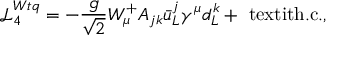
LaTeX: { \mathcal { L } } _ { 4 } ^ { W t q } = - \frac { g } { \sqrt { 2 } } W _ { \mu } ^ { + } A _ { j k } \bar { u } _ { L } ^ { j } \gamma ^ { \mu } d _ { L } ^ { k } + \mathrm { \ t e x t i t { h . c . } } ,